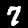
Digit: 7